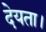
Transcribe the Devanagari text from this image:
देयता।